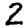
Digit: 2